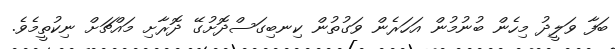
ބަފާ ވަލީދު މިހެން ބުނުމުން އަހަރެން ވަގުތުން ކިނބިގަސްދޮށުގޭ ދޮރާށި މައްޗަށް ނިކުތީމެވެ.